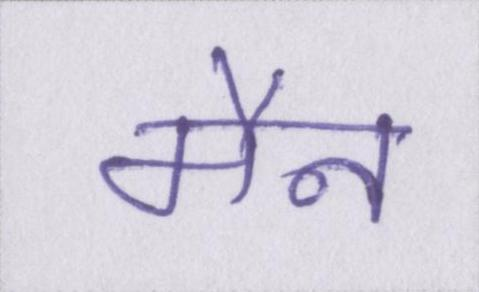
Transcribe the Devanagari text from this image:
मैन